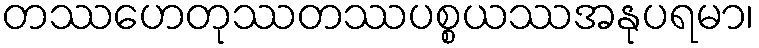
တဿဟေတုဿတဿပစ္စယဿအနုပရမာ၊